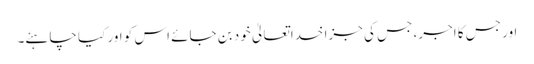
اور جس کا اجر، جس کی جزا خداتعالیٰ خود بن جائے اس کو اور کیا چاہئے۔